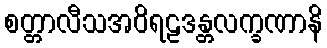
စတ္တာလီသအဝိရဠဒန္တလက္ခဏာနိ